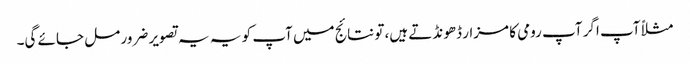
مثلاً آپ اگر آپ رومی کا مزار ڈھونڈتے ہیں، تو نتائج میں آپ کو یہ یہ تصویر ضرور مل جائے گی۔